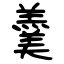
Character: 羹